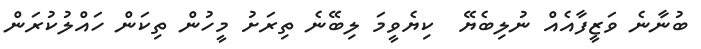
ބުނާނެ ވަޒީފާއެއް ނުލިބެޔޭ  ކިޔެވީމަ ލިބޭނެ ތިރަށު މީހުން ތިކަން ހައްލުކުރަން